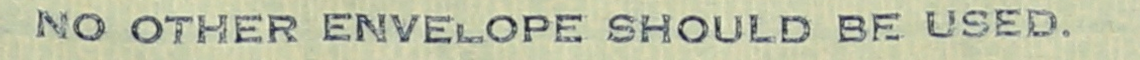
NO OTHER ENVELOPE SHOULD BE USED.